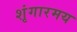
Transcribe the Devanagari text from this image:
शृंगारमय